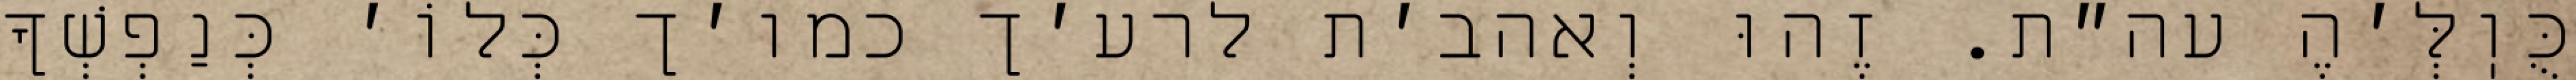
כֻּוֽלְּ׳הֶ עה״ת. זֶהוּ וְאהב׳ת לרע׳ך כמו׳ך כְּלוֹ׳ כְּנַפְשְׁךָ